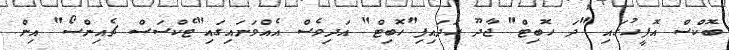
ބޮކްސް އޮފީހުގައި "ދަ ހޮބިޓް" ޖާދޫ ހަދައިފި"ހޮބިޓް" އަދިވެސް އެއްވަނައިގައި"ޓެކްސަސް ޗެއިންސޯ" އިން